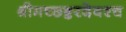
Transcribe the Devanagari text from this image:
श्रीमच्छङ्करदेवश्च